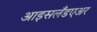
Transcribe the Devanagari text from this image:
आइसलँडएअर